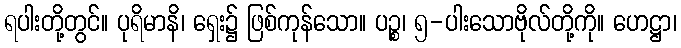
ရပါးတို့တွင်။ ပုရိမာနိ၊ ရှေး၌ ဖြစ်ကုန်သော။ ပဉ္စ၊ ၅-ပါးသောဗိုလ်တို့ကို။ ဟေဋ္ဌာ၊